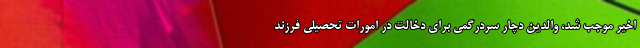
اخیر موجب شد، والدین دچار سردرگمی برای دخالت در امورات تحصیلی فرزند